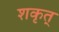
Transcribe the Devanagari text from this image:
शकृत्